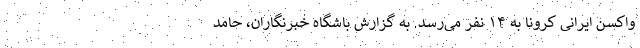
واکسن ایرانی کرونا به ۱۴ نفر می‌رسد. به گزارش باشگاه خبرنگاران، حامد